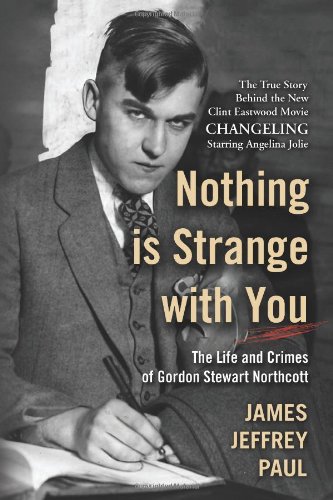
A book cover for Nothing is Strange with You: The Life and Crimes of Gordon Stewart Northcott; James Jeffrey Paul; Biographies & Memoirs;